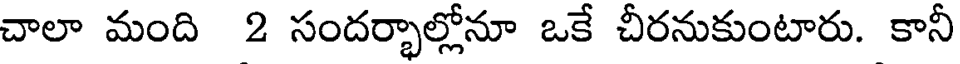
చాలా మంది 2 సందర్భాల్లోనూ ఒకే చీరనుకుంటారు. కానీ